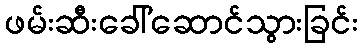
ဖမ်းဆီးခေါ်ဆောင်သွားခြင်း